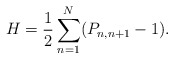
\begin{align*}H= \frac{1}{2} \sum_{n=1}^N ( P_{n,n+1} -1 ). \end{align*}